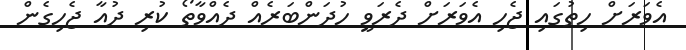
އެވަރަށް ހިތުގައި ޖެހި އެވަރަށް ދެރަވީ ހުދަންބަރެއް ދެއްވާތޯ ކުރި ދުއާ ޖެހިގެން